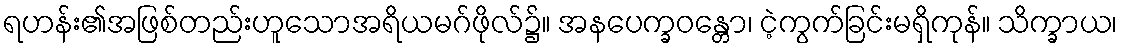
ရဟန်း၏အဖြစ်တည်းဟူသောအရိယမဂ်ဖိုလ်၌။ အနပေက္ခဝန္တော၊ ငဲ့ကွက်ခြင်းမရှိကုန်။ သိက္ခာယ၊